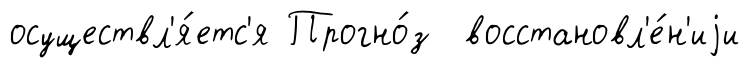
осуществл'я́етс'я Прогно́з восстановл'е́н'иjи